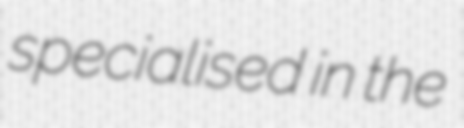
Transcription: specialised in the